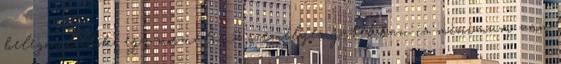
belegondoltok, egy normális 2 személyes játékban is minimum van